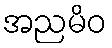
အညမိဝ